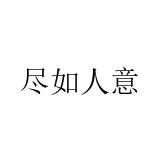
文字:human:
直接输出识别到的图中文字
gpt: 尽如人意